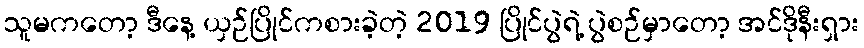
သူမကတော့ ဒီနေ့ ယှဉ်ပြိုင်ကစားခဲ့တဲ့ 2019 ပြိုင်ပွဲရဲ့ ပွဲစဉ်မှာတော့ အင်ဒိုနီးရှား